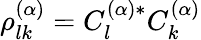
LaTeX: \rho_{lk}^{(\alpha)}=C_{l}^{(\alpha)*}C_{k}^{(\alpha)}